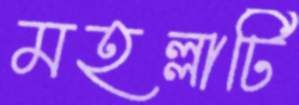
মহল্লাটি